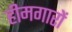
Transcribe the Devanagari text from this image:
हीमगारों